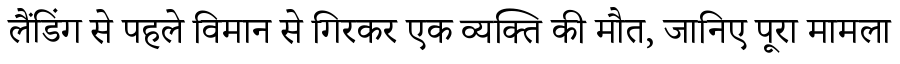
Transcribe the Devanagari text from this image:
लैंडिंग से पहले विमान से गिरकर एक व्यक्ति की मौत, जानिए पूरा मामला